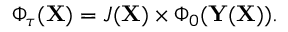
\begin{array} { r } { \Phi _ { \tau } ( \mathbf { X } ) = J ( \mathbf { X } ) \times \Phi _ { 0 } ( \mathbf { Y } ( \mathbf { X } ) ) . } \end{array}